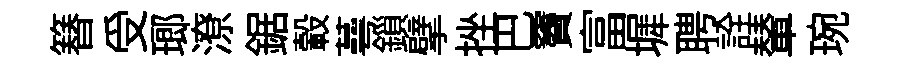
簮受瑯潦鋸轂蕚鎻擘挫巴竇富墀聘詮輦琬